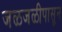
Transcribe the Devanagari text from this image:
जळजळीपासून